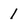
Character: 1